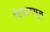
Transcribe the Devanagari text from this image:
विधानसूत